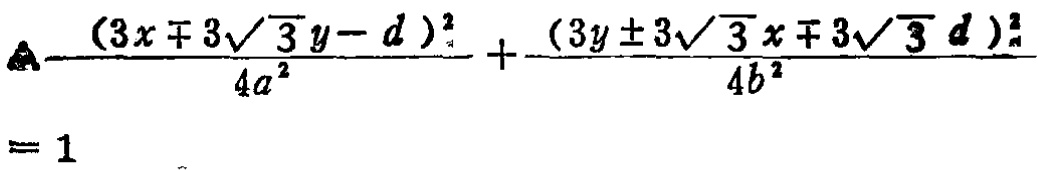
\(\frac{(3x\mp 3\sqrt{3}y - d)^2}{4a^2}+\frac{(3y\pm 3\sqrt{3}x\mp 3\sqrt{3}d)^2}{4b^2}=1\)